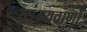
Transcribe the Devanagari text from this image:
व्यंग्यवाणों